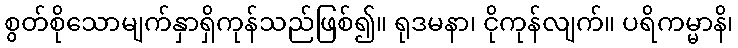
စွတ်စိုသောမျက်နှာရှိကုန်သည်ဖြစ်၍။ ရုဒမနာ၊ ငိုကုန်လျက်။ ပရိကမ္မာနိ၊